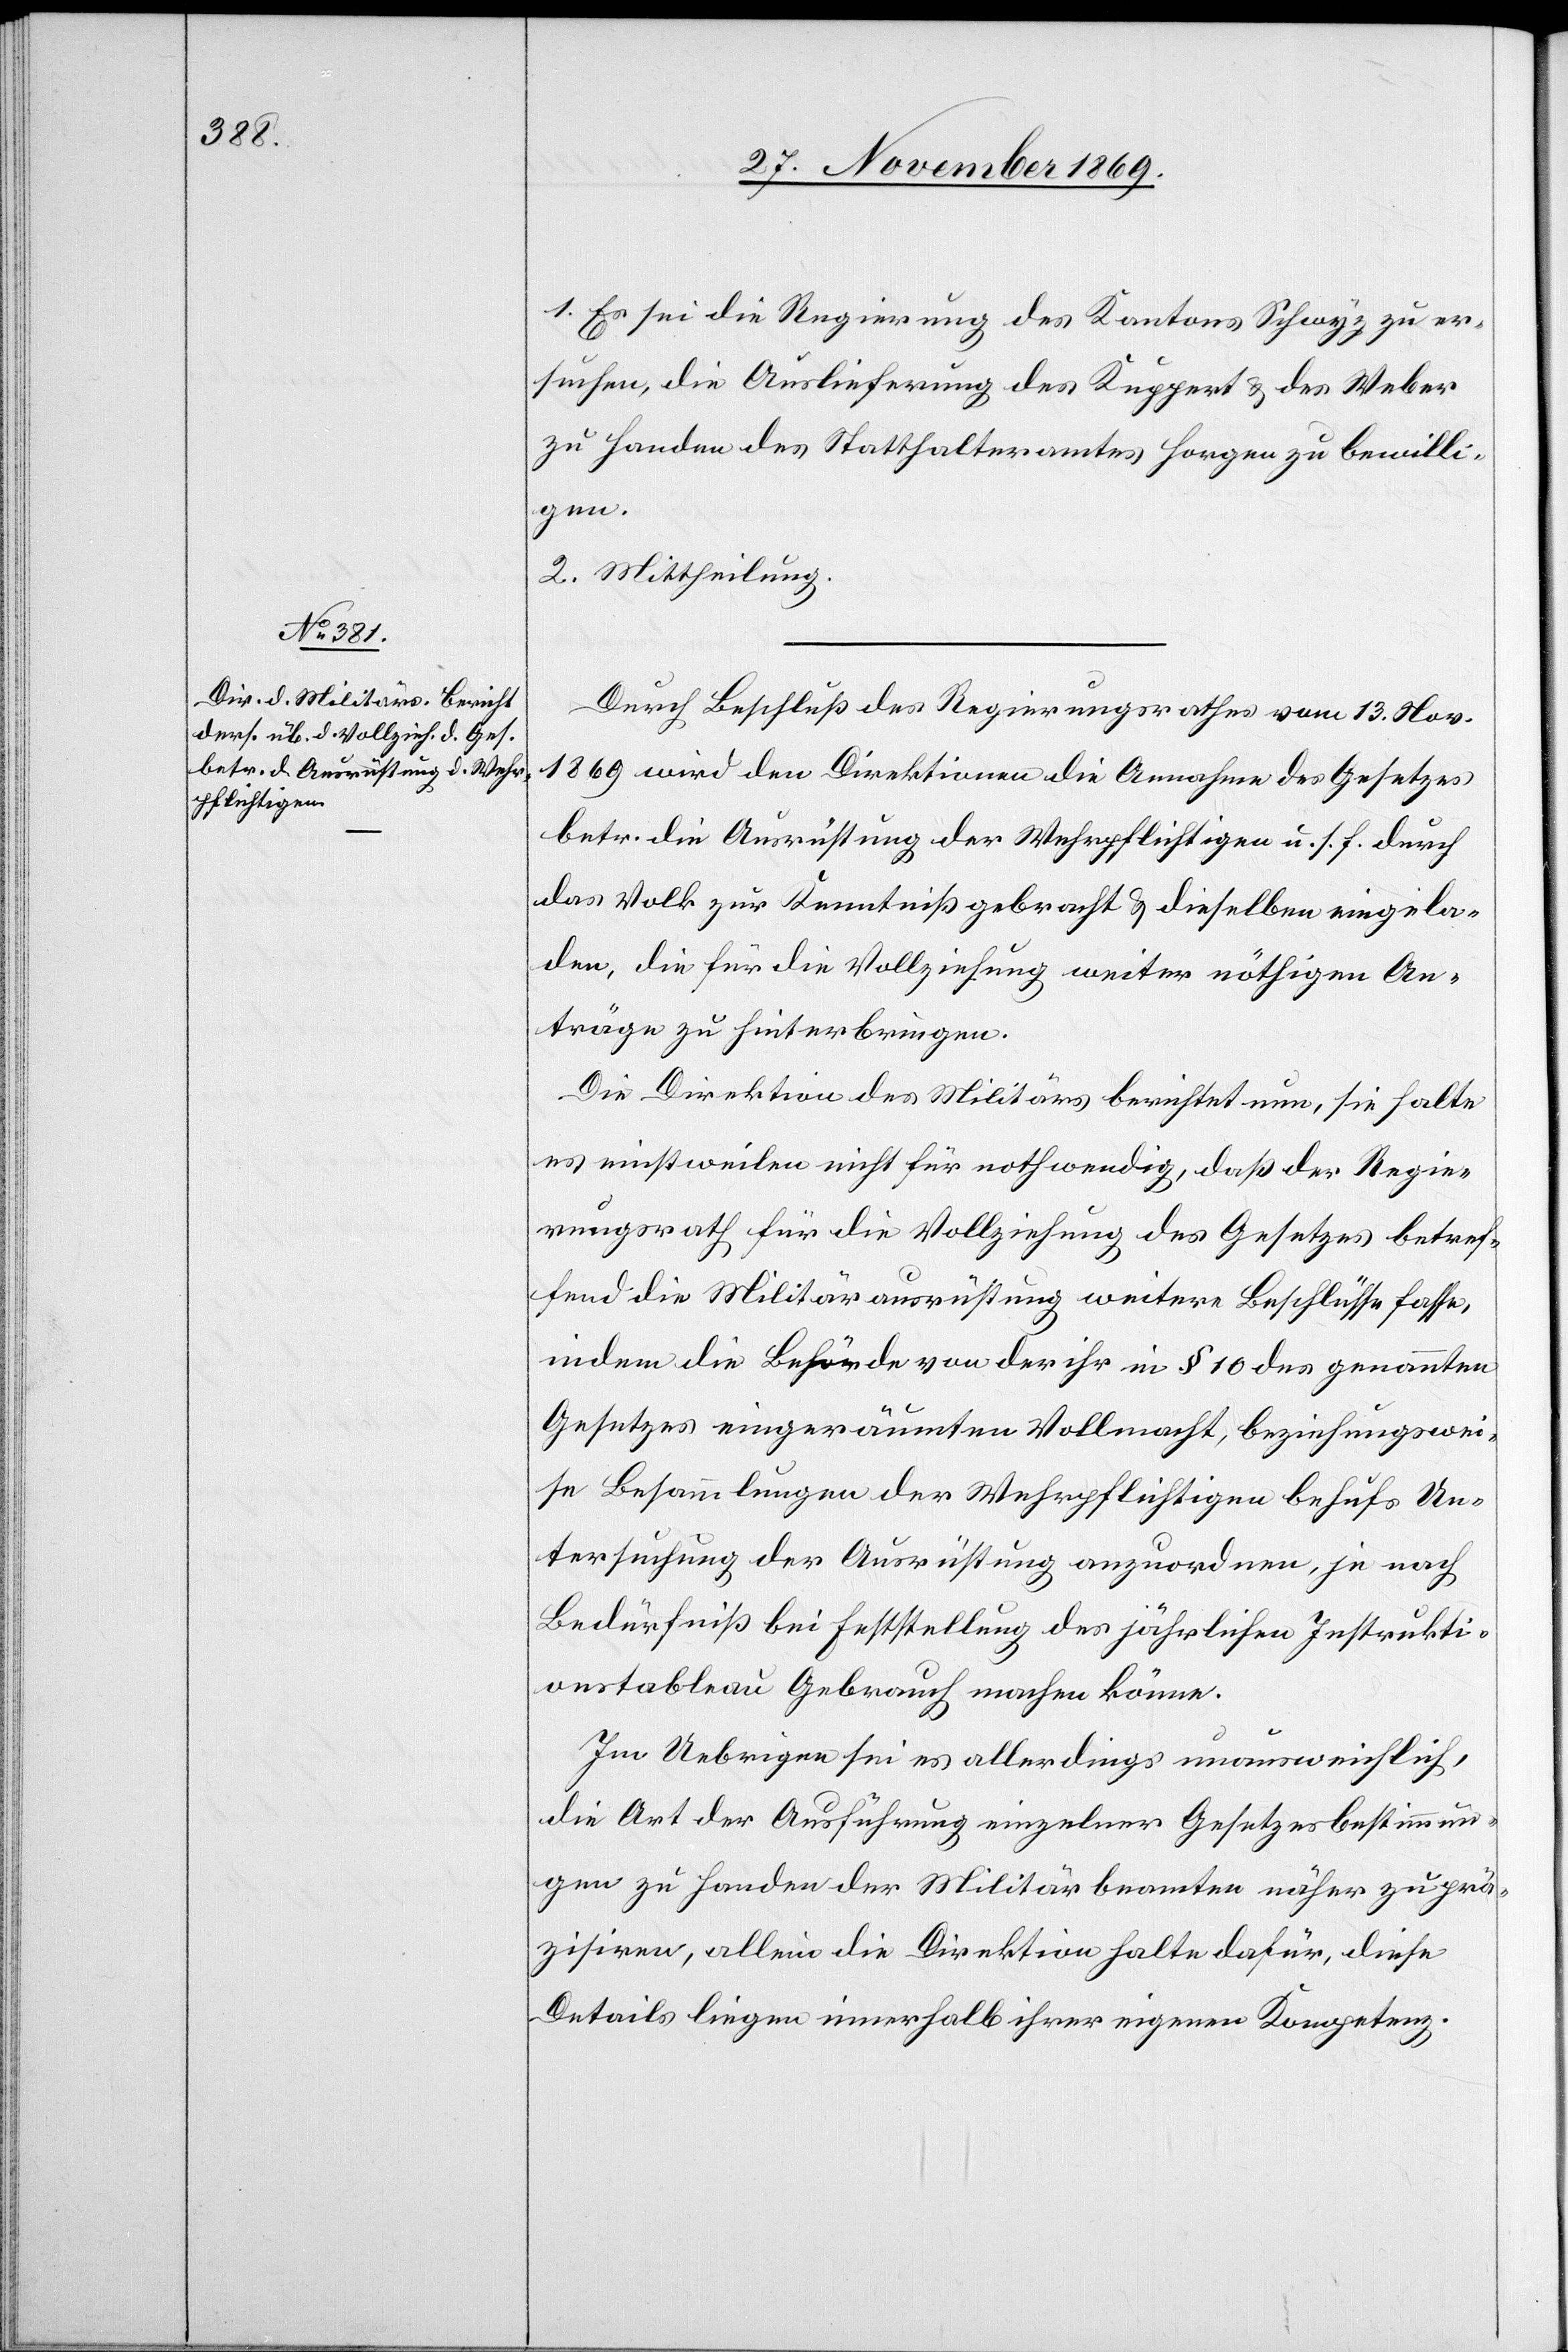
1. Es sei die Regierung des Kantons Schwyz zu er¬
suchen, die Auslieferung des Kuppert & des Weber
zu Handen des Statthalteramtes Horgen zu bewilli¬
gen.
2. Mittheilung.
Durch Beschluß des Regierungsrathes vom 13. Nov.
1869 wird den Direktionen die Annahme des Gesetzes
betr. die Ausrüstung der Wehrpflichtigen u. s. f. durch
das Volk zur Kenntniß gebracht & dieselben eingela¬
den, die für die Vollziehung weiter nöthigen An¬
träge zu hinterbringen.
Die Direktion des Militärs berichtet nun, sie halte
es einstweilen nicht für nothwendig, daß der Regie¬
rungsrath für die Vollziehung des Gesetzes betref¬
fend die Militärausrüstung weitere Beschlüsse fasse,
indem die Behörde von der ihr in § 10 des genannten
Gesetzes eingeräumten Vollmacht, beziehungswei¬
se Besammlungen der Wehrpflichtigen behufs Un¬
tersuchung der Ausrüstung anzuordnen, je nach
Bedürfniß bei Feststellung des jährlichen Instrukti¬
onstableau Gebrauch machen könne.
Im Uebrigen sei es allerdings unausweichlich,
die Art der Ausführung einzelner Gesetzesbestimmun¬
gen zu Handen der Militärbeamten näher zu prä¬
zisiren, allein die Direktion halte dafür, diese
Details liegen innerhalb ihrer eigenen Kompetenz.